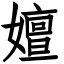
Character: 嬗